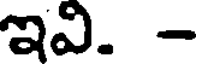
ఇవి. -